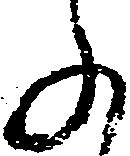
ふ